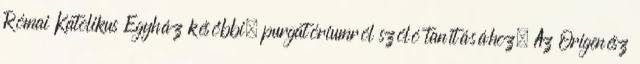
Római Katolikus Egyház későbbi, purgatóriumról szóló tanításához. Az Origenész